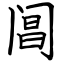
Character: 阊